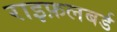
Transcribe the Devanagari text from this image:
राइफ़लबर्ड